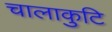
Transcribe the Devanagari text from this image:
चालाकुटि